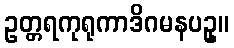
ဥတ္တရကုရုကာဒိဂမနပဥှ။